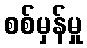
စစ်မှန်မှု